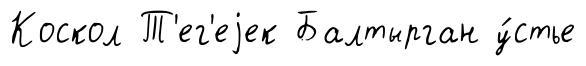
Коскол Т'ег'еjек Балтырган у́стье